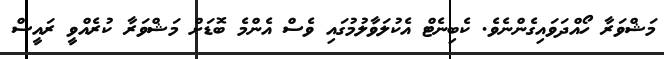
މަޝްވަރާ ހޯއްދަވައިގެންނެވެ. ކެބިނެޓް އެކުލަވާލުމުގައި ވެސް އެންމެ ބޮޑަށް މަޝްވަރާ ކުރެއްވީ ރައީސް